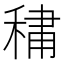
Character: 𮃒